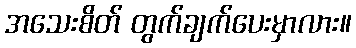
အသေးစိတ် တွက်ချက်ပေးမှာလား။